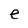
Character: e